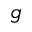
g